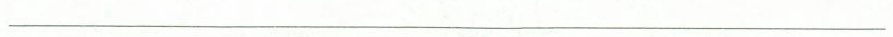
_________